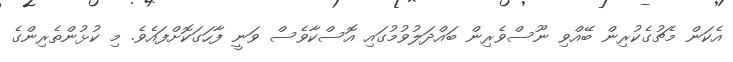
އެކަން މެޗުގެކުރިން ބޭއްވި ނޫސްވެރިން ބައްދަލުވުމުގައި އޮސްކާވެސް ވަނީ ފާހަގަކޮށްފައެވެ. މި ކުޅުންތެރިންގެ